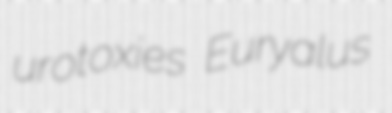
urotoxies Euryalus